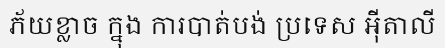
ភ័យខ្លាច ក្នុង ការបាត់បង់ ប្រទេស អ៊ីតាលី